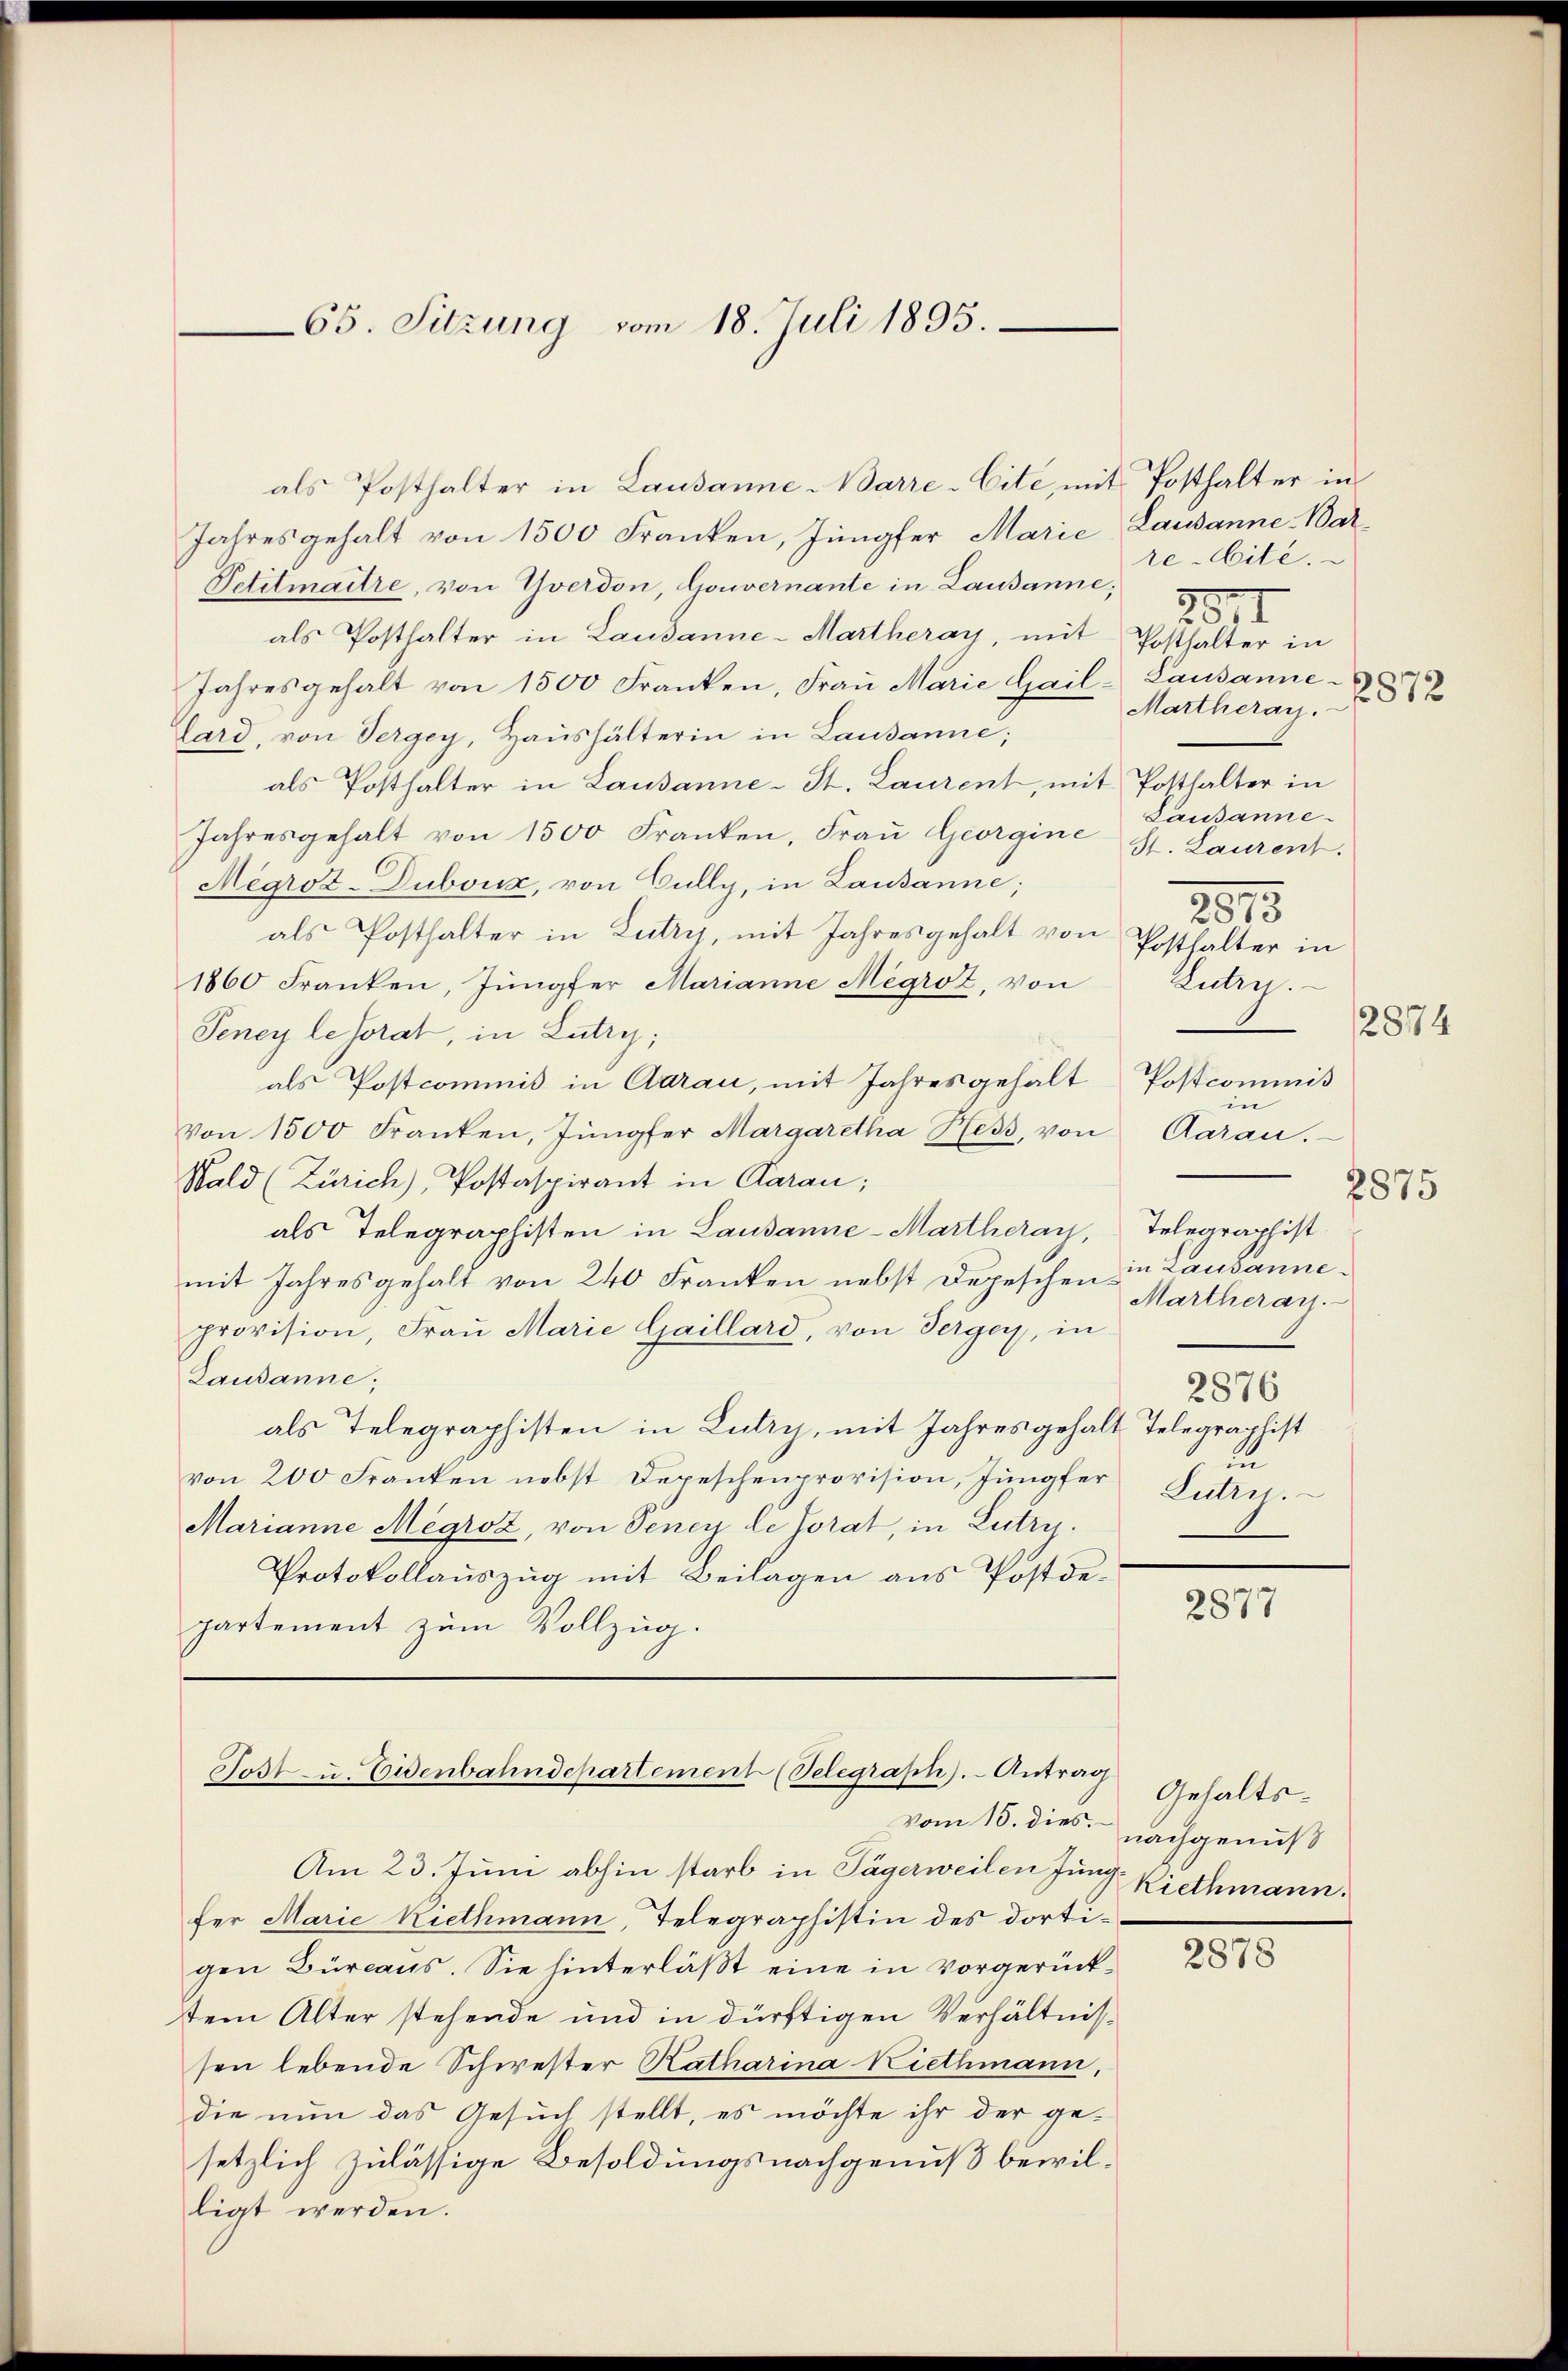
65. Sitzung vom 18. Juli 1895.

als Posthalter in Lausanne Narre-Cité, mit Posthalter in
Jahresgehalt von 1500 Franken, Jungfer Marie Lausanne War¬
Petitmaître, von Yverdon, Gouvernante in Lausanne;
als Posthalter in Laudanne - Martheray, mit Posthalter in
Jahresgehalt von 1500 Franken, Fraŭ Marie Gail-Lausanne-
Lard, von Vergey, Haushälterin in Lausanne;
als Posthalter in Lausanne-St. Laurent, mit Posthalter in
Jahresgehalt von 1500 Franken, Frau Georgine St. Laurent.
Mégroz-Duboux, von Bully, in Lausanne;
als Posthalter in Lutry, mit Jahresgehalt von
1860 Franken, Jungfer Marianne Megrot, von
Peney lesorat, in Lutry,
als Postcommis in Aarau, mit Jahresgehalt Postcommiß
von 1500 Franken, Jungfer Margaretha Hess, von
Wald (Zürich), Postaspirant in Aarau;
als Telegraphisten in Lausanne-Martheray, Telegraphist
mit Jahresgehalt von 240 Franken nebst Depeschen in Lausanneprovision, Frau Marie Gaillard, von Serger, in
Lausanne;
als Telegraphisten in Lutry, mit Jahresgehalt Telegraphist
von 200 Franken nebst Depeschenprovision, Jungfer
Marianne Megroz, von Seney de Jorat, in Lutry.
Protokollauszug mit Beilagen aus Postdepartement zum Vollzug.

Tost- u. Eisenbahndepartement (Selegraph). Antrag

vom 15. dies.

re-Cité.
3.
I
Martheray.
Lausanne
2015
Posthalter in
Zutry.
2874
in
Aarau.
2875
Martheray.
2876
1
Lutrn.

Am 23. Juni abhin starb in Tägerweilen Jung Riethmann.
fer Marie Riethmann, Telegraphistin des dortigen Büreaus. Sie hinterläßt eine in Vorgerücktem Alter stehende und in dürftigen Verhältnissen lebende Schwester Katharina Riethmann,
die nun das Gesuch stellt, es möchte ihr der gesetzlich zulässige Besoldungsnachgenuß bewilligt werden.

2877

Gehaltsnachgenuß

2878

2872